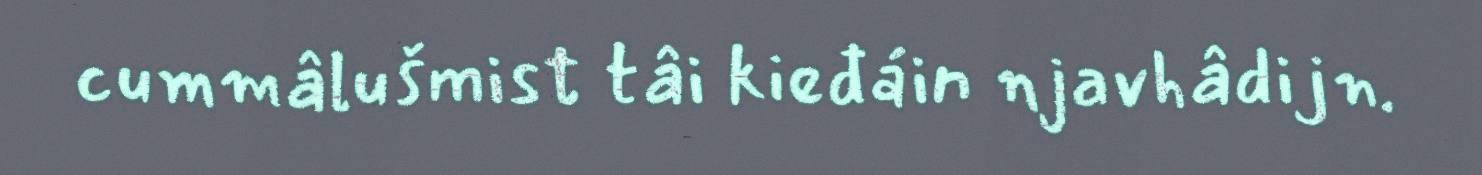
cummâlušmist tâi kieđáin njavhâdijn.